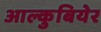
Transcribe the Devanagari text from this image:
आल्कुबियेर